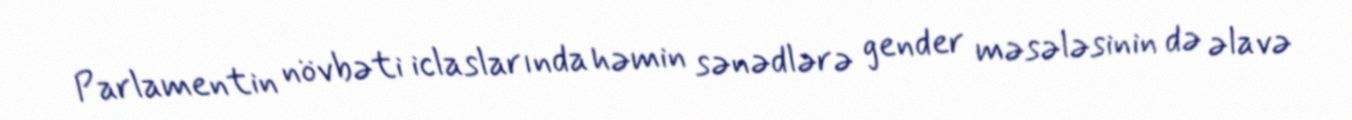
Parlamentin növbəti iclaslarında həmin sənədlərə gender məsələsinin də əlavə